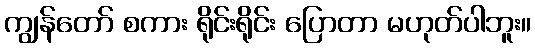
ကျွန်တော် စကား ရိုင်းရိုင်း ပြောတာ မဟုတ်ပါဘူး။